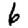
Digit: 6